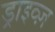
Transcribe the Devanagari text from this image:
ड्राइव्ज़